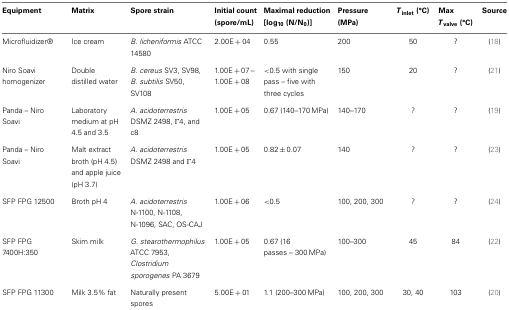
<table><thead><tr><td><b>Equipment</b></td><td><b>Matrix</b></td><td><b>Spore strain</b></td><td><b>Initial count (spore/mL)</b></td><td><b>Maximal reduction [log<sub>10</sub> (N/N<sub>0</sub>)]</b></td><td><b>Pressure (MPa)</b></td><td><b><i>T</i><sub>inlet</sub> (°C)</b></td><td><b>Max <i>T</i><sub>valve</sub> (°C)</b></td><td><b>Source</b></td></tr></thead><tbody><tr><td>Microfluidizer<sup>®</sup></td><td>Ice cream</td><td><i>B. licheniformis</i> ATCC 14580</td><td>2.00E + 04</td><td>0.55</td><td>200</td><td>50</td><td>?</td><td>(18)</td></tr><tr><td>Niro Soavi homogenizer</td><td>Double distilled water</td><td><i>B. cereus</i> SV3, SV98, <i>B. subtilis</i> SV50, SV108</td><td>1.00E + 07 – 1.00E + 08</td><td>&lt;0.5 with single pass – five with three cycles</td><td>150</td><td>20</td><td>?</td><td>(21)</td></tr><tr><td>Panda – Niro Soavi</td><td>Laboratory medium at pH 4.5 and 3.5</td><td><i>A. acidoterrestris</i> DSMZ 2498, Γ4, and c8</td><td>1.00E + 05</td><td>0.67 (140–170 MPa)</td><td>140–170</td><td>?</td><td>?</td><td>(19)</td></tr><tr><td>Panda – Niro Soavi</td><td>Malt extract broth (pH 4.5) and apple juice (pH 3.7)</td><td><i>A. acidoterrestris</i> DSMZ 2498 and Γ4</td><td>1.00E + 05</td><td>0.82 ± 0.07</td><td>140</td><td>?</td><td>?</td><td>(23)</td></tr><tr><td>SFP FPG 12500</td><td>Broth pH 4</td><td><i>A. acidoterrestris</i> N-1100, N-1108, N-1096, SAC, OS-CAJ</td><td>1.00E + 06</td><td>&lt;0.5</td><td>100, 200, 300</td><td>?</td><td>?</td><td>(24)</td></tr><tr><td>SFP FPG 7400H:350</td><td>Skim milk</td><td><i>G. stearothermophilus</i> ATCC 7953, <i>Clostridium sporogenes</i> PA 3679</td><td>1.00E + 05</td><td>0.67 (16 passes – 300 MPa)</td><td>100–300</td><td>45</td><td>84</td><td>(22)</td></tr><tr><td>SFP FPG 11300</td><td>Milk 3.5% fat</td><td>Naturally present spores</td><td>5.00E + 01</td><td>1.1 (200–300 MPa)</td><td>100, 200, 300</td><td>30, 40</td><td>103</td><td>(20)</td></tr></tbody></table>